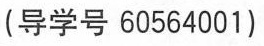
（导学号60564001）